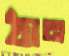
ঠান